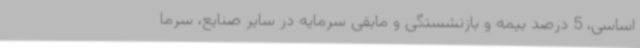
اساسی، 5 درصد بیمه و بازنشستگی و مابقی سرمایه در سایر صنایع، سرما